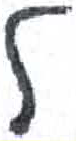
אות: ל